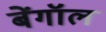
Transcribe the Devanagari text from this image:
बेंगॉल